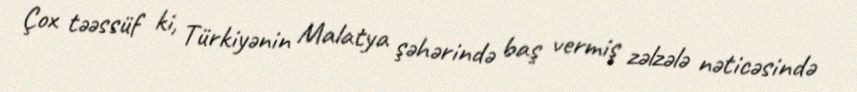
Çox təəssüf ki, Türkiyənin Malatya şəhərində baş vermiş zəlzələ nəticəsində